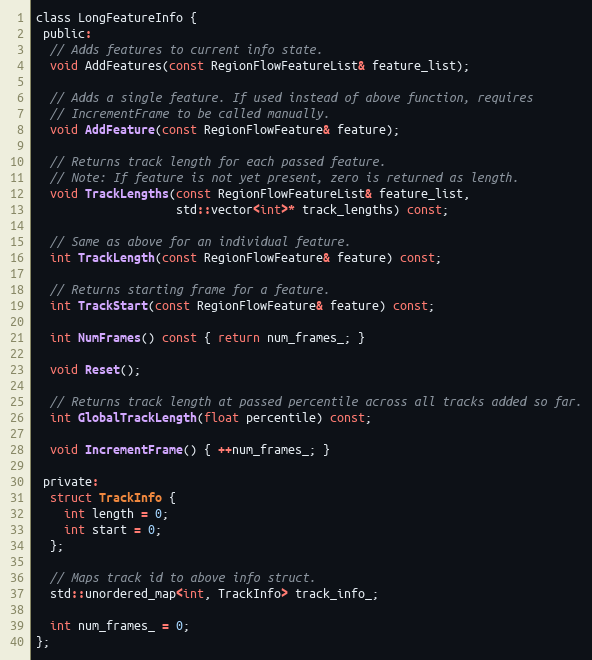
Language: C
class LongFeatureInfo {
 public:
  // Adds features to current info state.
  void AddFeatures(const RegionFlowFeatureList& feature_list);

  // Adds a single feature. If used instead of above function, requires
  // IncrementFrame to be called manually.
  void AddFeature(const RegionFlowFeature& feature);

  // Returns track length for each passed feature.
  // Note: If feature is not yet present, zero is returned as length.
  void TrackLengths(const RegionFlowFeatureList& feature_list,
                    std::vector<int>* track_lengths) const;

  // Same as above for an individual feature.
  int TrackLength(const RegionFlowFeature& feature) const;

  // Returns starting frame for a feature.
  int TrackStart(const RegionFlowFeature& feature) const;

  int NumFrames() const { return num_frames_; }

  void Reset();

  // Returns track length at passed percentile across all tracks added so far.
  int GlobalTrackLength(float percentile) const;

  void IncrementFrame() { ++num_frames_; }

 private:
  struct TrackInfo {
    int length = 0;
    int start = 0;
  };

  // Maps track id to above info struct.
  std::unordered_map<int, TrackInfo> track_info_;

  int num_frames_ = 0;
};